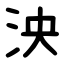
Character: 泱